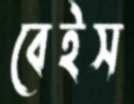
বেইস